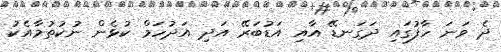
ދެ ވަނަ ހާފުގައި ދަގަނޑޭ އާއި އަޑުބަރޭ އަދި އަދުހަމް ކުޅެން ނުކުތުމާއެކު